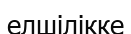
елшілікке